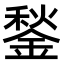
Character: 鍫